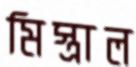
মিস্ত্রাল